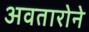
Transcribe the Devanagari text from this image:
अवतारोने